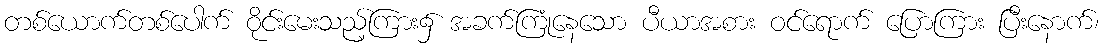
တစ်ယောက်တစ်ပေါက် ဝိုင်းမေးသည့်ကြား၌ အခက်ကြုံနေသော ပီယာအစား ဝင်ရောက် ပြောကြား ပြီးနောက်၊